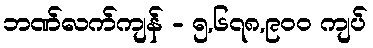
ဘဏ်လက်ကျန် - ၅,၆၇၈,၉၀၀ ကျပ်